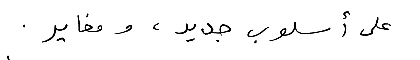
على أسلوب جديد، ومغاير.